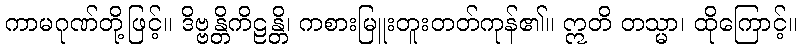
ကာမဂုဏ်တို့ဖြင့်။ ဒိဗ္ဗန္တိကိဠန္တိ၊ ကစားမြူးတူးတတ်ကုန်၏။ ဣတိ တသ္မာ၊ ထိုကြောင့်။